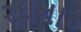
રઘના૦